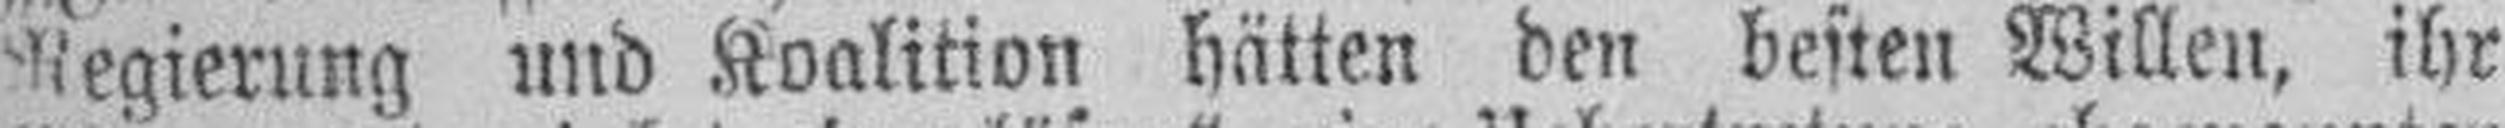
Regierung und Koalition hätten den besten Willen, ihr